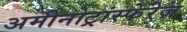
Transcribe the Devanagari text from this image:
अमीनोट्रांस्फेरेज़